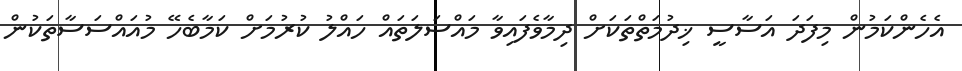
އެހެންކަމުން މިފަދަ އަސާސީ ޚިދުމަތްތަކަށް ދިމާވެފައިވާ މައްސަލަތައް ހައްލު ކުރުމަށް ކަމާބެހޭ މުއައްސަސާތަކުން